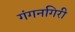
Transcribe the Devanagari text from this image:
गंगनगिरी